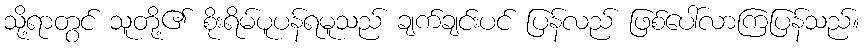
သို့ရာတွင် သူတို့၏ စိုးရိမ်ပူပန်ရမူသည် ချက်ချင်းပင် ပြန်လည် ဖြစ်ပေါ်လာကြပြန်သည်။